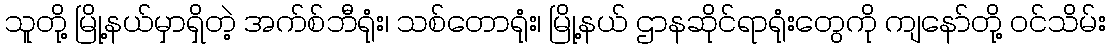
သူတို့ မြို့နယ်မှာရှိတဲ့ အက်စ်ဘီရုံး၊ သစ်တောရုံး၊ မြို့နယ် ဌာနဆိုင်ရာရုံးတွေကို ကျနော်တို့ ဝင်သိမ်း